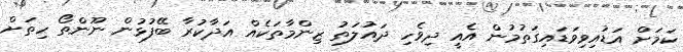
ކަމަށް އަޑުއިވިވަޑައިގަތުމުން އެއީ ދިވެހި ދައުލަތު ޒިންމާތަކެއް އަދާކުރާ ބޭފުޅުން ނޫންތޯ ހިތަށް